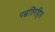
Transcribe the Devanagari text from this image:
पद्धतिरहित